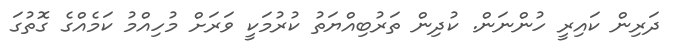
ދަރިން ކައިރީ ހުންނަން. ކުދިން ތަރުބިއްޔަތު ކުރުމަކީ ވަރަށް މުހިއްމު ކަމެއްގެ ގޮތުގަ